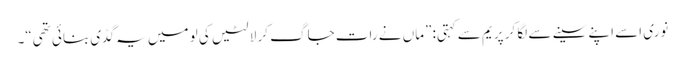
نوری اسے اپنے سینے سے لگا کر پریم سے کہتی: ”ماں نے رات جاگ کر لالٹیں کی لو میں یہ گڈی بنائی تھی“۔